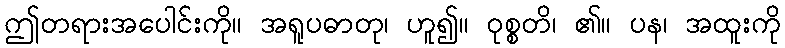
ဤတရားအပေါင်းကို။ အရူပဓာတု၊ ဟူ၍။ ဝုစ္စတိ၊ ၏။ ပန၊ အထူးကို